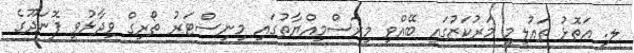
ލ. އަތޮޅު ތައުލީމީ މަރުކަޒުގައި ބޭއްވި މިރަސްމިއްޔާތުގައި މިނިސްޓަރު ތޯރިގް ވިދާޅުވީ ފޮނަދޫގެ